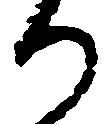
り